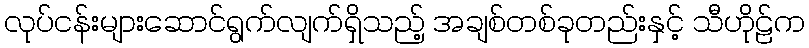
လုပ်ငန်းများဆောင်ရွက်လျက်ရှိသည့် အချစ်တစ်ခုတည်းနှင့် သီဟိုဠ်က